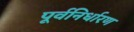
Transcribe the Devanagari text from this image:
पूर्वनिर्धारण